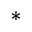
^ { \ast }